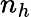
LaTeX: n_{h}